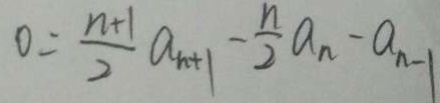
0 = \frac { n + 1 } { 2 } a _ { n + 1 } - \frac { n } { 2 } a _ { n } - a _ { n - 1 }